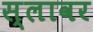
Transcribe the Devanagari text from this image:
स्लावर